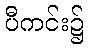
ပီကင်း၌